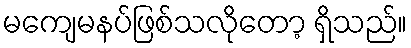
မကျေမနပ်ဖြစ်သလိုတော့ ရှိသည်။